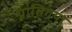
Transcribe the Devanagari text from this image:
प्रातिगया